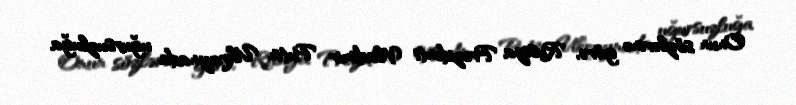
Onun sözlərinə görə, Rusiya Prezidenti Vladimir Putin Ukraynada uğursuzluğa